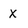
Character: X